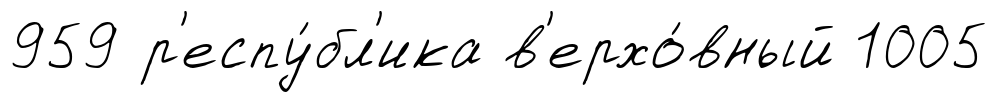
959 р'еспу́бл'ика в'ерхо́вный 1005